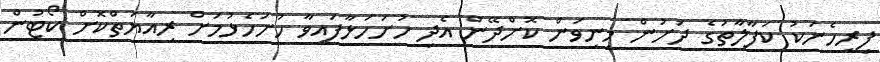
ފިރިހެނަކު ކަފާލާތުގެ ދަށުން މިނިވަން ކޮށްދޭން އެދި ހުށަހަޅާފައިވާ ހުށަހެޅުމަށް ރިއާޔަތްކޮށް ކޯޓުން